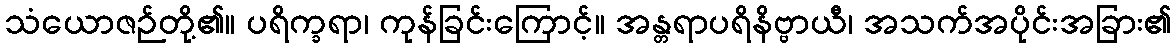
သံယောဇဉ်တို့၏။ ပရိက္ခရာ၊ ကုန်ခြင်းကြောင့်။ အန္တရာပရိနိဗ္ဗာယီ၊ အသက်အပိုင်းအခြား၏